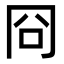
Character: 冏